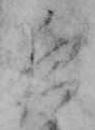
夜